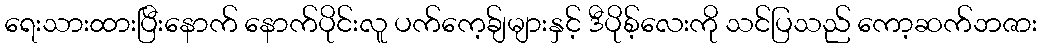
ရေးသားထားပြီးနောက် နောက်ပိုင်းလူ ပက်ကေ့ခ်ျများနှင့် ဒီပိုစ့်လေးကို သင်ပြသည် ကော့ဆက်ဘဇား